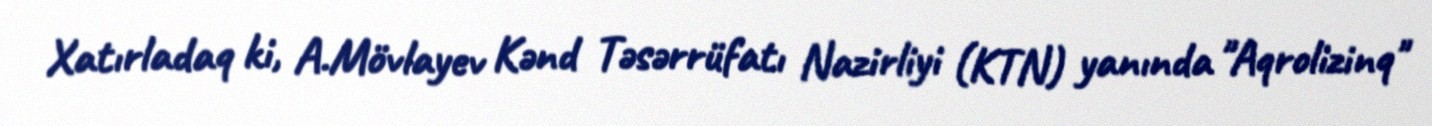
Xatırladaq ki, A.Mövlayev Kənd Təsərrüfatı Nazirliyi (KTN) yanında "Aqrolizinq"